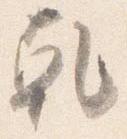
乾